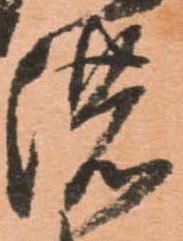
濃